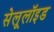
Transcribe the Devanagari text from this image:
सेलूलॉइड